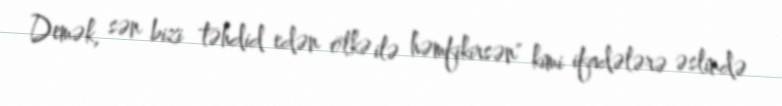
Demək, sən bizi təhdid edən ölkə ilə həmfikirsən" kimi ifadələrə əslində